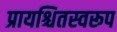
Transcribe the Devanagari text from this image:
प्रायश्चितस्वरूप